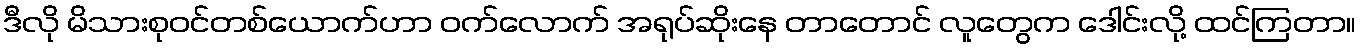
ဒီလို မိသားစုဝင်တစ်ယောက်ဟာ ဝက်လောက် အရုပ်ဆိုးနေ တာတောင် လူတွေက ဒေါင်းလို့ ထင်ကြတာ။